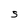
Character: S